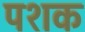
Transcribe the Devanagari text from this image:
पशक